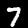
Digit: 7